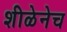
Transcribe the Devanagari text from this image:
शीळेनेच